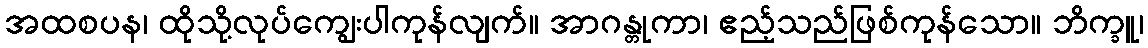
အထစပန၊ ထိုသို့လုပ်ကျွေးပါကုန်လျက်။ အာဂန္တုကာ၊ ဧည့်သည်ဖြစ်ကုန်သော။ ဘိက္ခူ၊